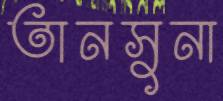
তানসুনা